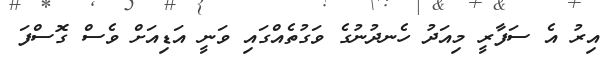
އިރު އެ ސަފާރީ މިއަދު ހެނދުނުގެ ވަގުތެއްގައި ވަނީ އަޑިއަށް ވެސް ގޮސްފަ